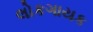
લોકગાયક